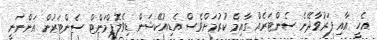
އެހީ އާއި ފަރުވާދޭނެ ސެންޓަރެއް ގާއިމް ކުރުމަށްވެސް އެޑިއުކޭޝަން ޑިވެލޮޕްމަންޓް ސެންޓަރުން އަންނަނީ